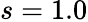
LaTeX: s=1.0